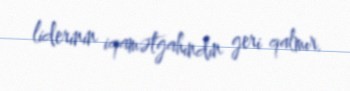
liderinin iqamətgahındın geri qalmır.